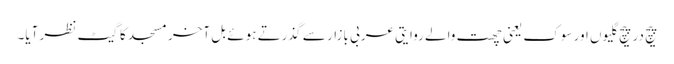
پیچ در پیچ گلیوں اور سوک یعنی چھت والے روایتی عربی بازار سے گذرتے ہوئے بل آخر مسجد کا گیٹ نظر آیا۔